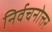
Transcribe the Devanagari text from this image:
निर्वचनोत्तर